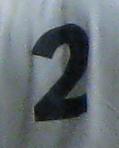
2